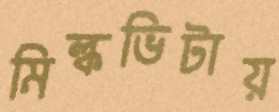
মিল্কভিটায়